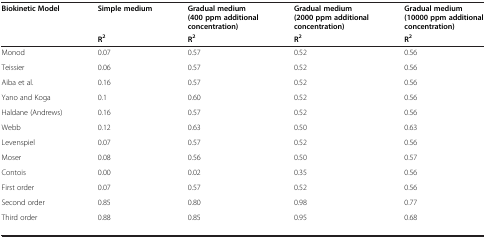
| Biokinetic Model | Simple medium | Gradual medium (400 ppm additional concentration) | Gradual medium (2000 ppm additional concentration) | Gradual medium (10000 ppm additional concentration) |
 |  | R2 | R2 | R2 | R2 |
 | --- | --- | --- | --- | --- |
 | Monod | 0.07 | 0.57 | 0.52 | 0.56 |
 | Teissier | 0.06 | 0.57 | 0.52 | 0.56 |
 | Aiba et al. | 0.16 | 0.57 | 0.52 | 0.56 |
 | Yano and Koga | 0.1 | 0.60 | 0.52 | 0.56 |
 | Haldane (Andrews) | 0.16 | 0.57 | 0.52 | 0.56 |
 | Webb | 0.12 | 0.63 | 0.50 | 0.63 |
 | Levenspiel | 0.07 | 0.57 | 0.52 | 0.56 |
 | Moser | 0.08 | 0.56 | 0.50 | 0.57 |
 | Contois | 0.00 | 0.02 | 0.35 | 0.56 |
 | First order | 0.07 | 0.57 | 0.52 | 0.56 |
 | Second order | 0.85 | 0.80 | 0.98 | 0.77 |
 | Third order | 0.88 | 0.85 | 0.95 | 0.68 |